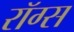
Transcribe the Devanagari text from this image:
रॉग्स